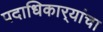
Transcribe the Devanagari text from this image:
पदाधिकार्‍यांचा